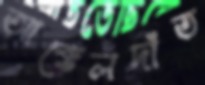
আক্কেলদাঁত